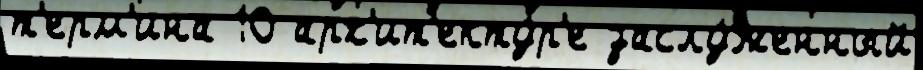
т'ерм'ина 10 арх'ит'екту́р'е заслу́женный